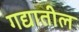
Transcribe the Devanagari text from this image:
गद्यातील